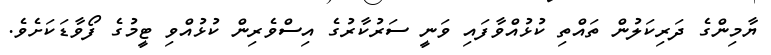
ޔާމިންގެ ދަރިކަލުން ތައްތި ކުޅުއްވާފައި ވަނީ ސަރުކާރުގެ އިސްވެރިން ކުޅުއްވި ޓީމުގެ ފޯވާޑަކަށެވެ.